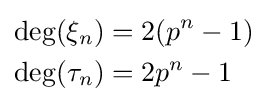
{\begin{aligned}\deg(\xi _{n})&=2(p^{n}-1)\\\deg(\tau _{n})&=2p^{n}-1\end{aligned}}